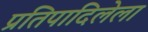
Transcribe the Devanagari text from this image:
प्रतिपादिलेला